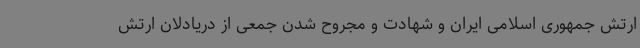
ارتش جمهوری اسلامی ایران و شهادت و مجروح شدن جمعی از دریادلان ارتش